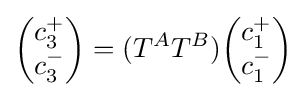
{\begin{pmatrix}c_{3}^{+}\\c_{3}^{-}\end{pmatrix}}=(T^{A}T^{B}){\begin{pmatrix}c_{1}^{+}\\c_{1}^{-}\end{pmatrix}}